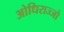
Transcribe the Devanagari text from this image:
ओधिराज्जो